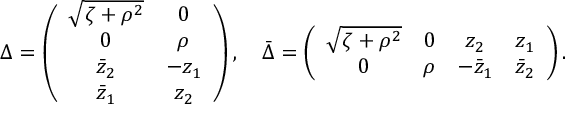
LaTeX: \Delta = \left( \begin{array} { c c } { { \sqrt { \zeta + \rho ^ { 2 } } } } & { { 0 } } \\ { { 0 } } & { { \rho } } \\ { { \bar { z } _ { 2 } } } & { { - z _ { 1 } } } \\ { { \bar { z } _ { 1 } } } & { { z _ { 2 } } } \end{array} \right) , \quad \bar { \Delta } = \left( \begin{array} { c c c c } { { \sqrt { \zeta + \rho ^ { 2 } } } } & { { 0 } } & { { z _ { 2 } } } & { { z _ { 1 } } } \\ { { 0 } } & { { \rho } } & { { - \bar { z } _ { 1 } } } & { { \bar { z } _ { 2 } } } \end{array} \right) .